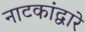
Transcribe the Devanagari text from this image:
नाटकांद्वारे